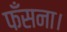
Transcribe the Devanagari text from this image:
फँसना।